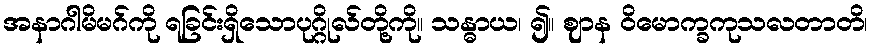
အနာဂါမိမဂ်ကို ရခြင်းရှိသောပုဂ္ဂိုလ်တို့ကို။ သန္ဓာယ၊ ၍။ ဈာန ဝိမောက္ခကုသလတာတိ၊